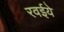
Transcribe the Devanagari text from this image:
रवईये